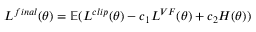
L ^ { f i n a l } ( \theta ) = \mathbb { E } ( L ^ { c l i p } ( \theta ) - c _ { 1 } L ^ { V F } ( \theta ) + c _ { 2 } H ( \theta ) )